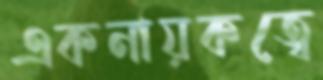
একনায়কত্বে